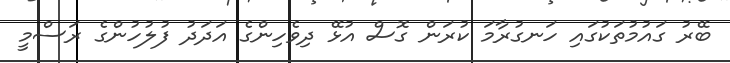
ބޭރު ގައުމުތަކުގައި ހަނގުރާމަ ކުރަން ގޮސް އުޅޭ ދިވެހިންގެ އަދަދު ފުލުހުންގެ ރަސްމީ